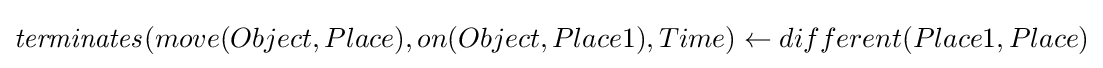
{\mathit {terminates}}(move(Object,Place),on(Object,Place1),Time)\leftarrow different(Place1,Place)